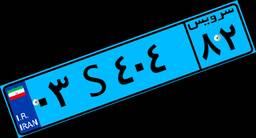
۵۰S۷۸۷۳۶